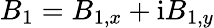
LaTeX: B_{1}=B_{1,x}+\mathrm{i}B_{1,y}